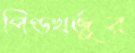
পিণ্ডখর্জুর